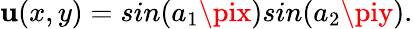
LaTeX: \mathbf{u}(x,y)=sin(a_{1}\pix)sin(a_{2}\piy).